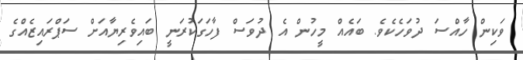
ވަކިން ހާއްސަ ދުވަހެކެވެ. ބައެއް މީހުން އެ ދުވަސް ފާހަގަކުރަނީ ބައިވެރިޔާއަށް ސަޕްރައިޒެއްގެ